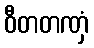
ဝီတတဏှံ